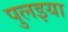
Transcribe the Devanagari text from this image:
पुलइया